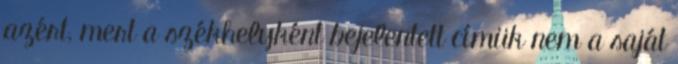
azért, mert a székhelyként bejelentett címük nem a saját